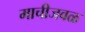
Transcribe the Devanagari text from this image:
माचीजवळ